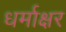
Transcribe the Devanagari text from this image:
धर्माक्षर